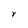
Character: r